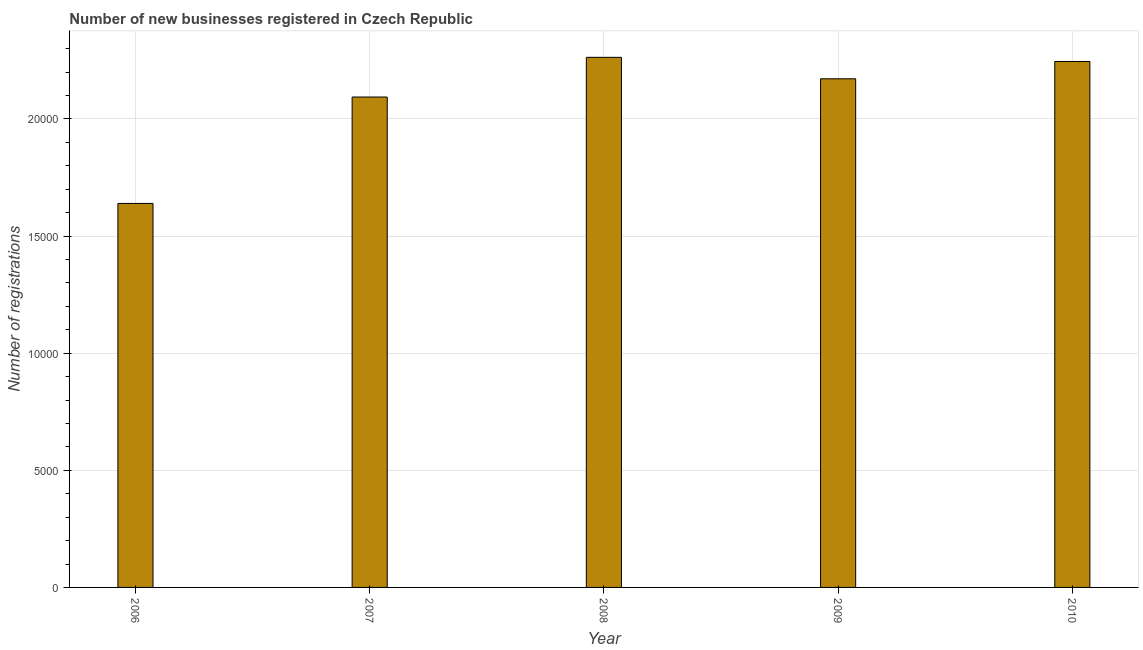
| Year | New businesses |
 | --- | --- |
 | 2006 | 1.64e+04 |
 | 2007 | 2.09e+04 |
 | 2008 | 2.26e+04 |
 | 2009 | 2.17e+04 |
 | 2010 | 2.25e+04 |